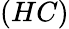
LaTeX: (HC)